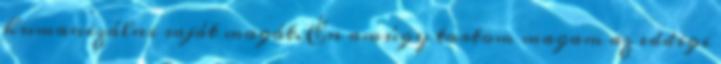
humanizálni saját magát. Én amúgy tartom magam az eddigi